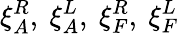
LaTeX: \xi_{A}^{R},\ \xi_{A}^{L},\ \xi_{F}^{R},\ \xi_{F}^{L}